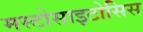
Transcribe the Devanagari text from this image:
मस्टोसाइटोसिस